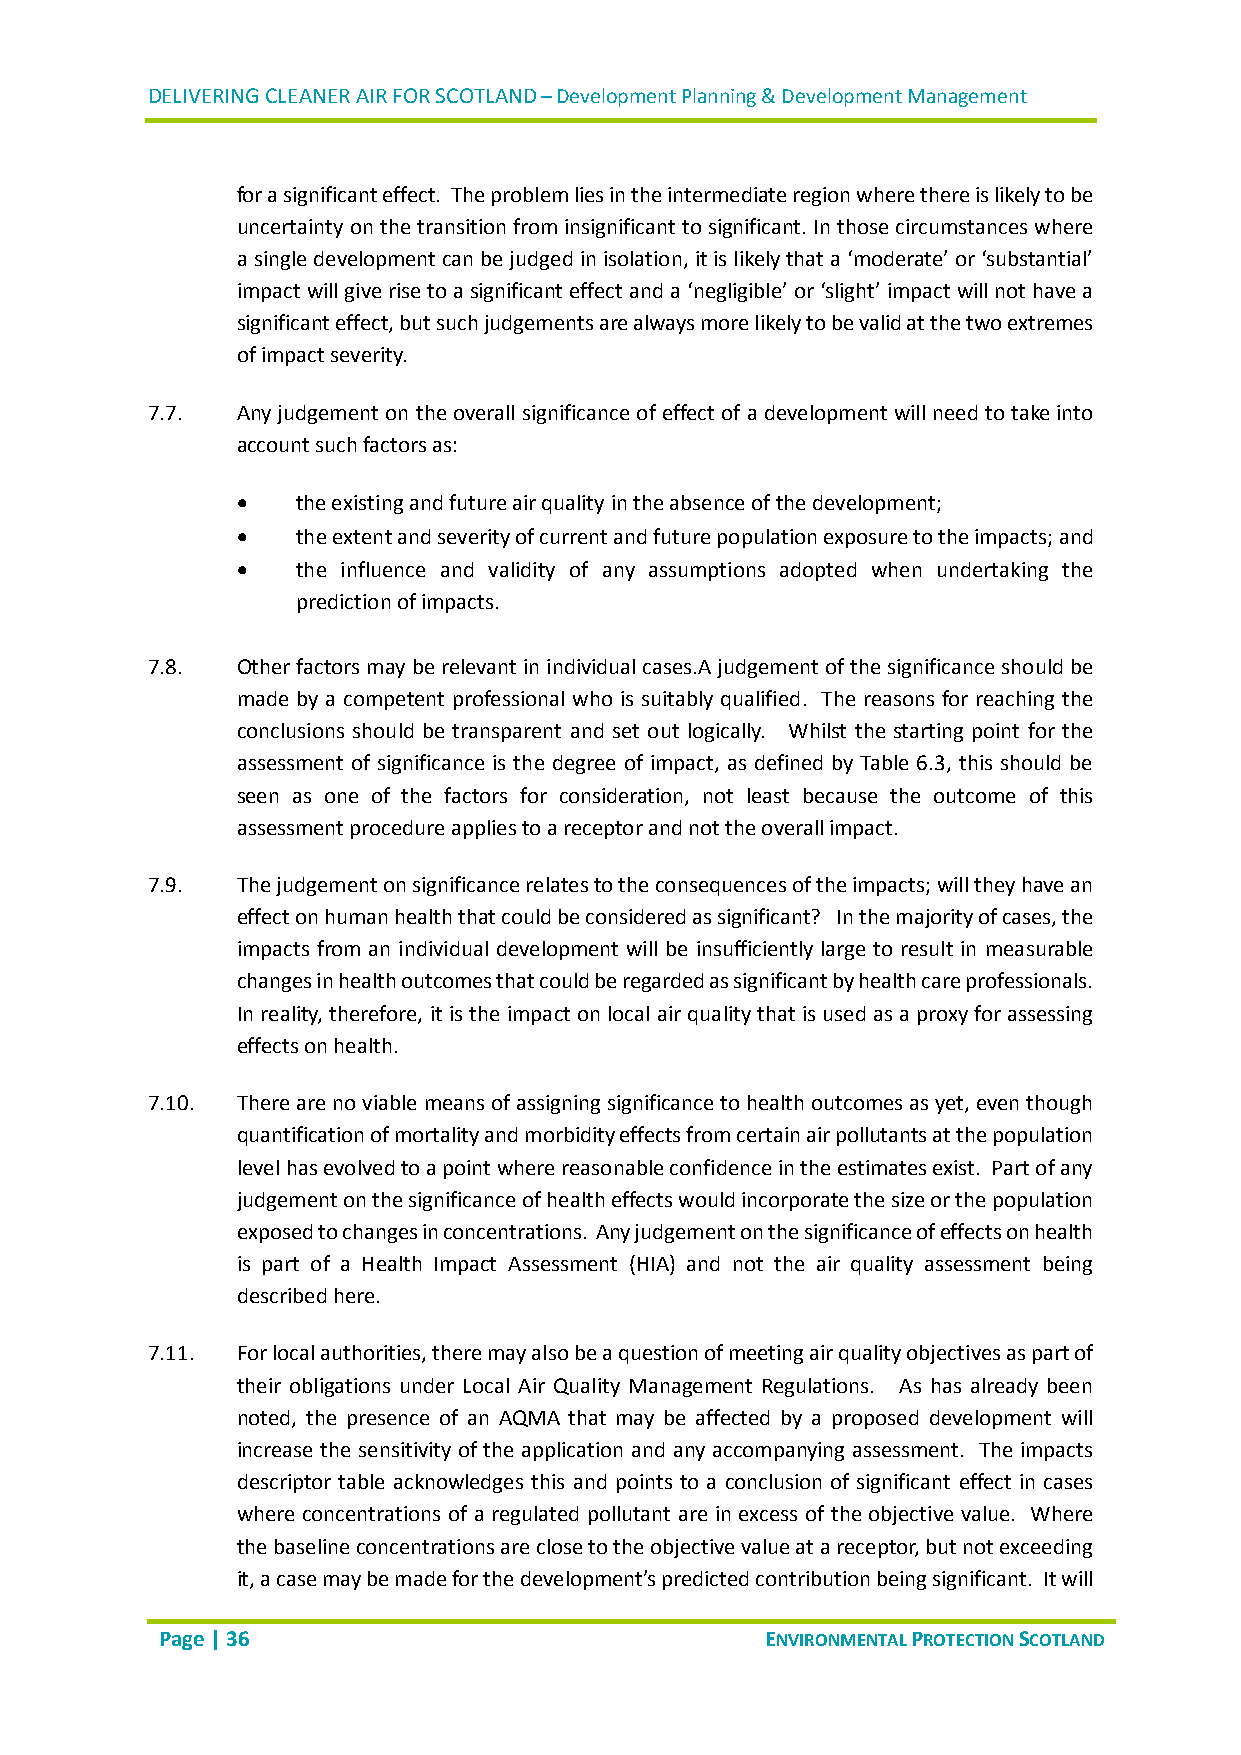
DELIVERING CLEANER AIR FOR SCOTLAND – Development Planning & Development Management
 for a significant effect. The problem lies in the intermediate region where there is likely to be
 uncertainty on the transition from insignificant to significant. In those circumstances where
 a single development can be judged in isolation, it is likely that a ‘moderate’ or ‘substantial’
 impact will give rise to a significant effect and a ‘negligible’ or ‘slight’ impact will not have a
 significant effect, but such judgements are always more likely to be valid at the two extremes
 of impact severity.
 7.7.  Any judgement on the overall significance of effect of a development will need to take into
 account such factors as:
    the existing and future air quality in the absence of the development;
    the extent and severity of current and future population exposure to the impacts; and
    the influence and validity of any assumptions adopted when undertaking the
 prediction of impacts.
 7.8.  Other factors may be relevant in individual cases.A judgement of the significance should be
 made by a competent professional who is suitably qualified. The reasons for reaching the
 conclusions should be transparent and set out logically. Whilst the starting point for the
 assessment of significance is the degree of impact, as defined by Table 6.3, this should be
 seen as one of the factors for consideration, not least because the outcome of this
 assessment procedure applies to a receptor and not the overall impact.
 7.9.  The judgement on significance relates to the consequences of the impacts; will they have an
 effect on human health that could be considered as significant? In the majority of cases, the
 impacts from an individual development will be insufficiently large to result in measurable
 changes in health outcomes that could be regarded as significant by health care professionals.
 In reality, therefore, it is the impact on local air quality that is used as a proxy for assessing
 effects on health.
 7.10. There are no viable means of assigning significance to health outcomes as yet, even though
 quantification of mortality and morbidity effects from certain air pollutants at the population
 level has evolved to a point where reasonable confidence in the estimates exist. Part of any
 judgement on the significance of health effects would incorporate the size or the population
 exposed to changes in concentrations. Any judgement on the significance of effects on health
 is part of a Health Impact Assessment (HIA) and not the air quality assessment being
 described here.
 7.11. For local authorities, there may also be a question of meeting air quality objectives as part of
 their obligations under Local Air Quality Management Regulations. As has already been
 noted, the presence of an AQMA that may be affected by a proposed development will
 increase the sensitivity of the application and any accompanying assessment. The impacts
 descriptor table acknowledges this and points to a conclusion of significant effect in cases
 where concentrations of a regulated pollutant are in excess of the objective value. Where
 the baseline concentrations are close to the objective value at a receptor, but not exceeding
 it, a case may be made for the development’s predicted contribution being significant. It will
 Page | 36                               ENVIRONMENTAL PROTECTION SCOTLAND